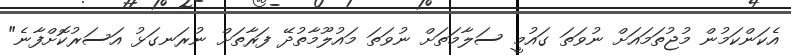
އެކަންކަމުން މުޖުތަމައަށް ނުވަތަ ގައުމީ ސަލާމަތަށް ނުވަތަ މައުލޫމާތުދޭ ފަރާތަށް ނުރަނގަޅު އަސަރުކޮށްފާނެ"